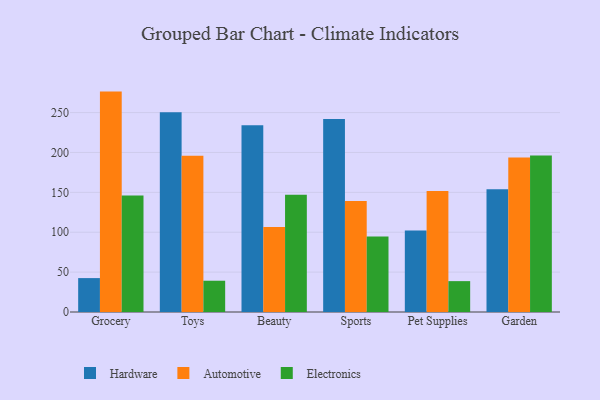
{"axis": {"x": "Category", "y": "Churn Rate (%)"}, "legend": ["Automotive", "Electronics", "Hardware"], "data": [{"x": "Grocery", "y": 42.5, "type": "Hardware"}, {"x": "Grocery", "y": 276.3, "type": "Automotive"}, {"x": "Grocery", "y": 145.9, "type": "Electronics"}, {"x": "Toys", "y": 250.5, "type": "Hardware"}, {"x": "Toys", "y": 195.9, "type": "Automotive"}, {"x": "Toys", "y": 39.2, "type": "Electronics"}, {"x": "Beauty", "y": 234.2, "type": "Hardware"}, {"x": "Beauty", "y": 106.7, "type": "Automotive"}, {"x": "Beauty", "y": 146.9, "type": "Electronics"}, {"x": "Sports", "y": 241.8, "type": "Hardware"}, {"x": "Sports", "y": 139.1, "type": "Automotive"}, {"x": "Sports", "y": 94.7, "type": "Electronics"}, {"x": "Pet Supplies", "y": 102.1, "type": "Hardware"}, {"x": "Pet Supplies", "y": 151.8, "type": "Automotive"}, {"x": "Pet Supplies", "y": 38.7, "type": "Electronics"}, {"x": "Garden", "y": 153.8, "type": "Hardware"}, {"x": "Garden", "y": 193.6, "type": "Automotive"}, {"x": "Garden", "y": 196.2, "type": "Electronics"}]}